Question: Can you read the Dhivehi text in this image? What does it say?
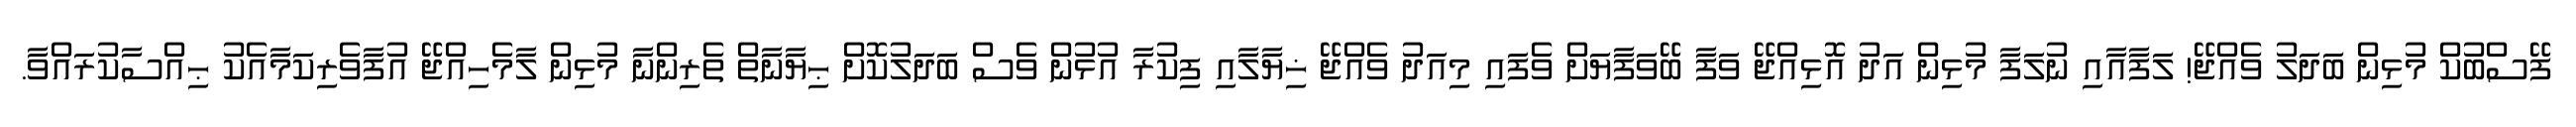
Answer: ފޭސްބުކް މުޅިން ބަދަލު ވެއްޖޭ! ލަފާއާއި ނުލަފާ މުޅިން އަދު އޮޅިއްޖޭ ވަފާ ބޭވަފާޔަށް ވެފައި މިއަދު ވެއްޖޭ ޚިޔާލާއި ފިކުރާ އުޅުން ވެސް ބަދަލުކޮށް ޙިޔާނާތް ތެރިންނާ މުޅިން ލާމެހިއްޖޭ އުފާވެރިކަމާއެކު ޙިއްސާކުރައްވާ.